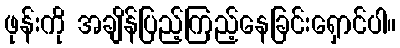
ဖုန်းကို အချိန်ပြည့်ကြည့်နေခြင်းရှောင်ပါ။